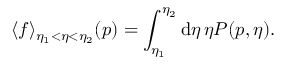
\langle f \rangle _ { \eta _ { 1 } < \eta < \eta _ { 2 } } ( \boldsymbol { p } ) = \int _ { \eta _ { 1 } } ^ { \eta _ { 2 } } \mathrm { d } \eta \, \eta P ( \boldsymbol { p } , \eta ) .